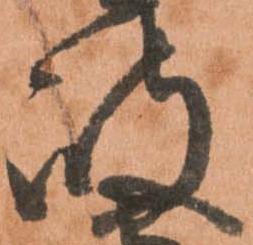
岐